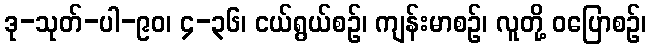
ဒု-သုတ်-ပါ-၉၀၊ ၄-၃၆၊ ငယ်ရွယ်စဉ်၊ ကျန်းမာစဉ်၊ လူတို့ ဝပြောစဉ်၊